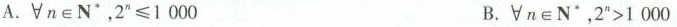
A. \forall n \in N^{\ast}，2^{n}≤1 000 B.\forall n \in N^{\ast}，2^{n}＞1 000